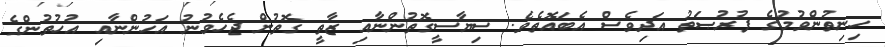
ހިނިތުންވުމުގެ ފުރުޞަތު އަދިވެސް އެބައޮތެވެ. ސިޔާސީގޮތުންނާއި ޒާތީ ގޮތުން ޖެހެވުނު އަހުންނާއި އުހުތުންގެ